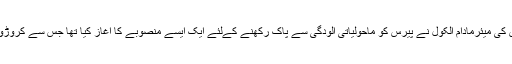
واضح رہے کہ فرانس کی میئرمادام الکول نے پیرس کو ماحولیاتی آلودگی سے پاک رکھنے کےلئے ایک ایسے منصوبے کا آغاز کیا تھا جس سے کروڑوں یورو اکھٹے ہوئے۔